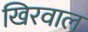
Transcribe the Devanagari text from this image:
खिरवाल